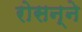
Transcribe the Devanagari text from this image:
रोसन्ने